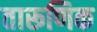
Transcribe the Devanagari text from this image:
तारूणिक